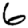
Digit: 6